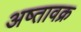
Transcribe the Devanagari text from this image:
अष्तावक्र